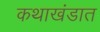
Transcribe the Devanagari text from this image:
कथाखंडात